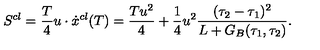
S ^ { c l } = { \frac { T } { 4 } } u \cdot \dot { x } ^ { c l } ( T ) = \frac { T u ^ { 2 } } { 4 } + { \frac { 1 } { 4 } } u ^ { 2 } \frac { ( \tau _ { 2 } - \tau _ { 1 } ) ^ { 2 } } { L + G _ { B } ( \tau _ { 1 } , \tau _ { 2 } ) } .